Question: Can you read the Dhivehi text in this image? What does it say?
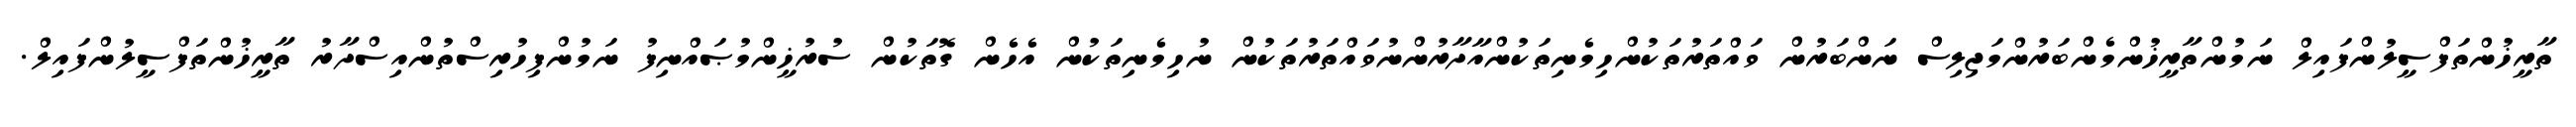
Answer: ތާރީޚުންތަފްސީލުންފައިލް ނަމުންތާރީޚުންމެންބަރުންމަޖިލިސް ނަންބަރުން ވައްތަރުތަކުންހިމެނިތަކުންއާދާރުންނުވައްތަރުތަކުން ނުހިމެނިތަކުން އެހެން ގޮތަކުން ސުރުޚީންމުޞައްނިފު ނަމުންފިހުރިސްތުންއިސްދާރު ތާރީޚުންތަފްސީލުންފައިލް.